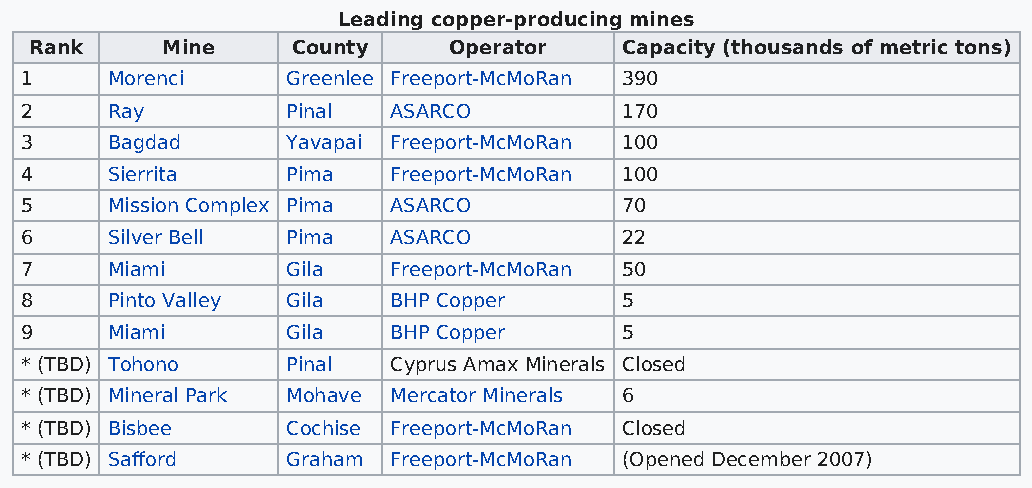
Leading copper-producing mines
 Rank     Mine    County     Operator   Capacity (thousands of metric tons)
 1     Morenci     Greenlee Freeport-McMoRan 390
 2     Ray         Pinal  ASARCO         170
 3     Bagdad      Yavapai Freeport-McMoRan 100
 4     Sierrita    Pima   Freeport-McMoRan 100
 5     Mission Complex Pima ASARCO       70
 6     Silver Bell Pima   ASARCO         22
 7     Miami       Gila   Freeport-McMoRan 50
 8     Pinto Valley Gila  BHP Copper     5
 9     Miami       Gila   BHP Copper     5
 * (TBD) Tohono    Pinal  Cyprus Amax Minerals Closed
 * (TBD) Mineral Park Mohave Mercator Minerals 6
 * (TBD) Bisbee    Cochise Freeport-McMoRan Closed
 * (TBD) Safford   Graham Freeport-McMoRan (Opened December 2007)